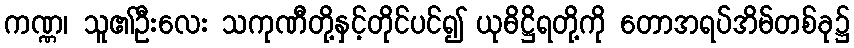
ကဏ္ဏ၊ သူ၏ဦးလေး သကုဏီတို့နှင့်တိုင်ပင်၍ ယုဓိဋ္ဌိရတို့ကို တောအရပ်အိမ်တစ်ခု၌